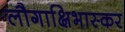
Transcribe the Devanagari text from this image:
लौगाक्षिभास्कर